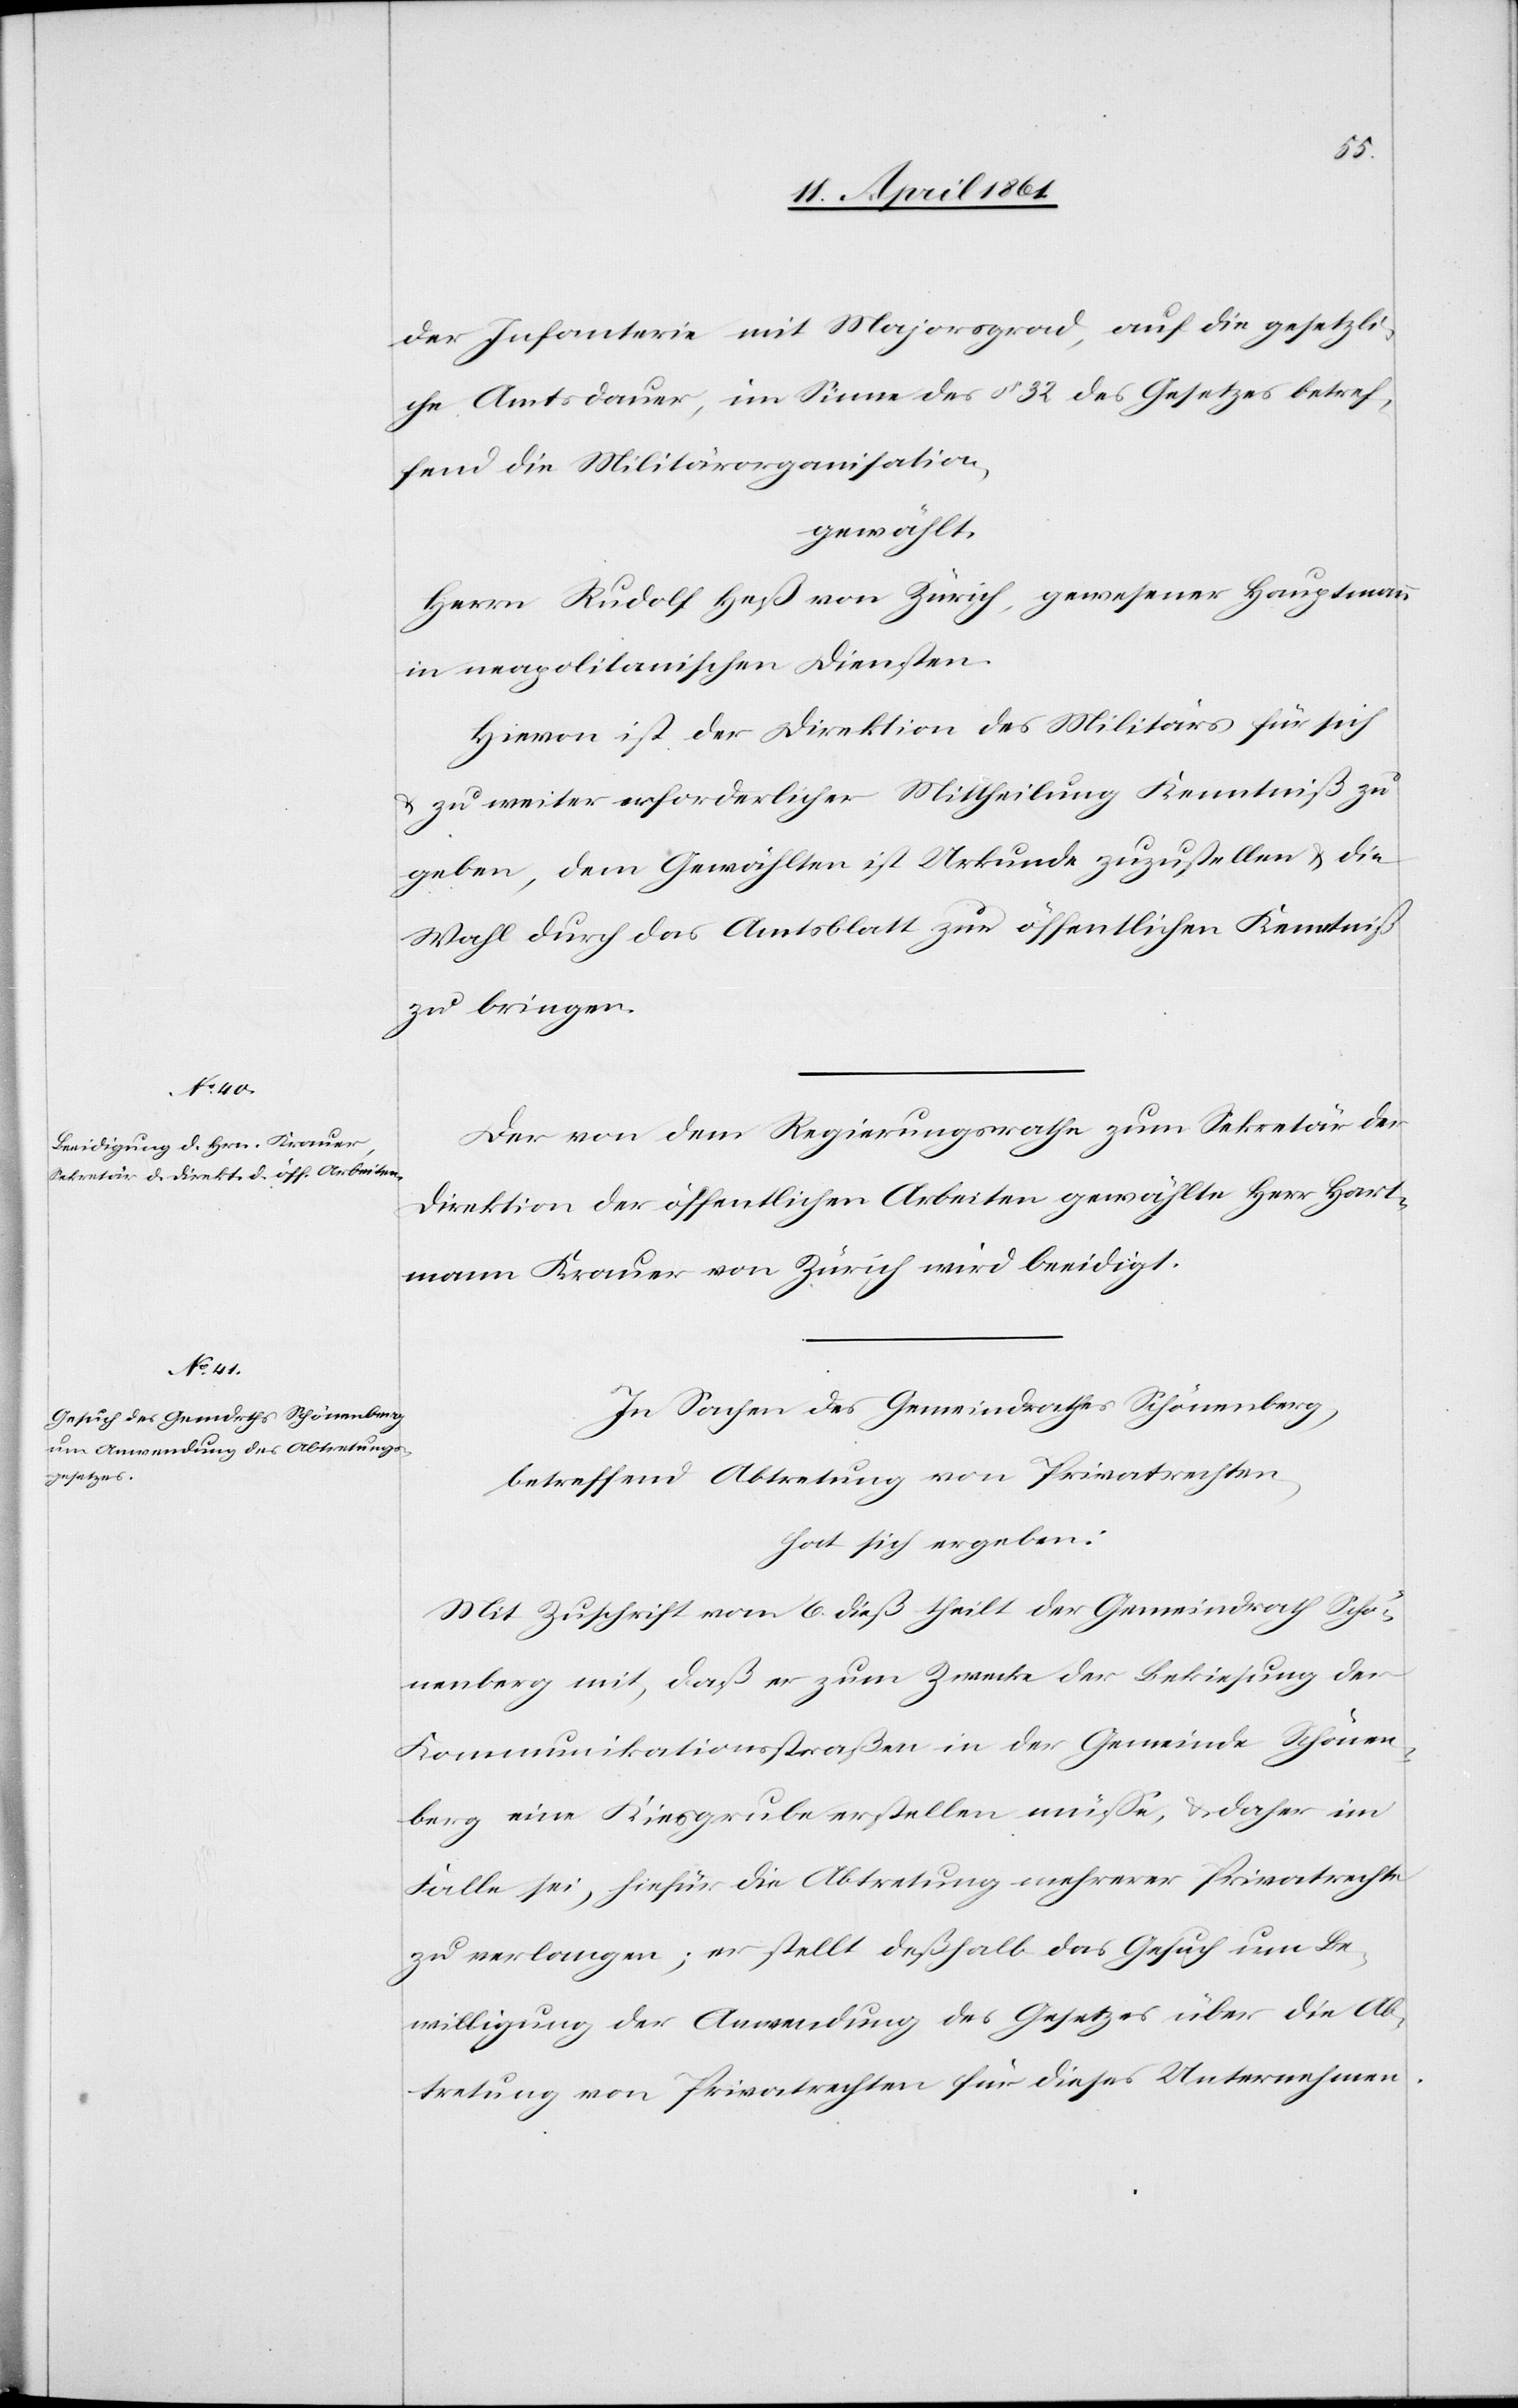
der Infanterie mit Majorgrad, auf die gesetzli¬
che Amtsdauer, im Sinne des § 32 des Gesetzes betref¬
fend die Militärorganisation,
gewählt:
Herrn Rudolf Heß von Zürich, gewesener Hauptmann
in neapolitanischen Diensten.
Hievon ist der Direktion des Militärs für sich
u. zu weiter erforderlicher Mittheilung Kenntniß zu
geben, dem Gewählten ist Urkunde zuzustellen u. die
Wahl durch das Amtsblatt zur öffentlichen Kenntniß
zu bringen.
Der von dem Regierungsrathe zum Sekretär der
Direktion der öffentlichen Arbeiten gewählte Herr Hart¬
mann Krauer von Zürich wird beeidigt.
In Sachen des Gemeindrathes Schönenberg,
betreffend Abtretung von Privatrechten,
hat sich ergeben:
Mit Zuschrift vom 6. dieß theilt der Gemeindrath Schö¬
nenberg mit, daß er zum Zwecke der Bekiesung der
Kommunikationsstraßen in der Gemeinde Schönen¬
berg eine Kiesgrube erstellen müsse, u. daher im
Falle sei, hiefür die Abtretung mehrerer Privatrechte
zu verlangen; er stellt deßhalb das Gesuch um Be¬
willigung der Anwendung des Gesetzes über die Ab¬
tretung von Privatrechten für dieses Unternehmen.